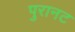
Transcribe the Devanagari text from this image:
पुरानट